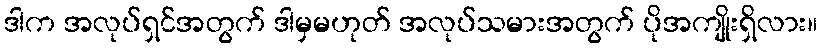
ဒါက အလုပ်ရှင်အတွက် ဒါမှမဟုတ် အလုပ်သမားအတွက် ပိုအကျိုးရှိလား။